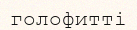
голофитті